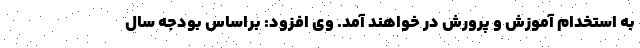
به استخدام آموزش و پرورش در خواهند آمد. وی افزود: براساس بودجه سال